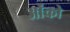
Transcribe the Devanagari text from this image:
ओंको